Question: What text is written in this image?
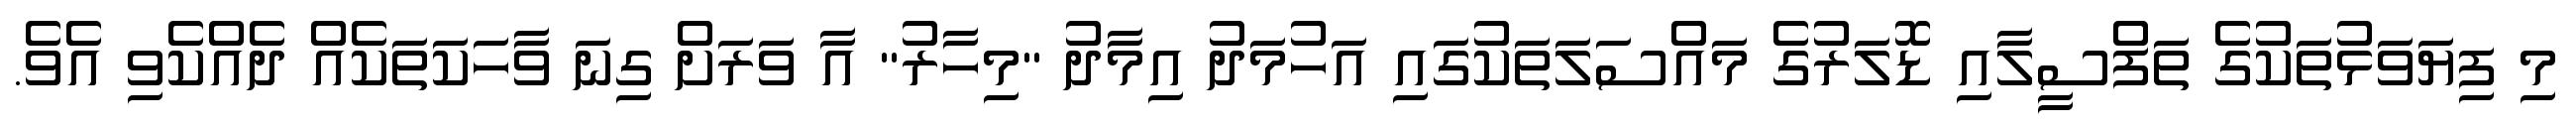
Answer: މި ފިޔަވަޅުތަކުގެ ތަފްސީލާއި ޑޮލަރުގެ މައްސަލަތަކުގައި އަހުމަދު އިމާދު "މިހާރު" އާ ވަރަށް ގިނަ ވާހަކަތަކެއް ދެއްކެވި އެވެ.